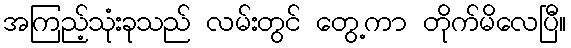
အကြည့်သုံးခုသည် လမ်းတွင် တွေ့ကာ တိုက်မိလေပြီ။